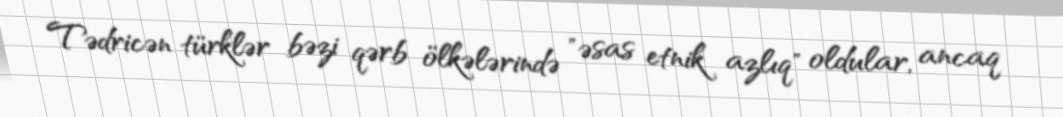
Tədricən türklər bəzi qərb ölkələrində "əsas etnik azlıq" oldular, ancaq